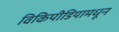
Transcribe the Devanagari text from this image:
विकिपीडियामधून